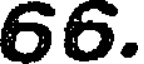
66.